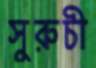
সুরুচী